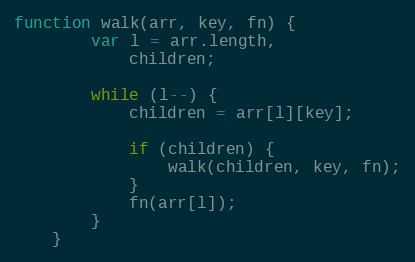
Language: JavaScript
function walk(arr, key, fn) {
        var l = arr.length,
            children;

        while (l--) {
            children = arr[l][key];

            if (children) {
                walk(children, key, fn);
            }
            fn(arr[l]);
        }
    }